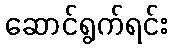
ဆောင်ရွက်ရင်း